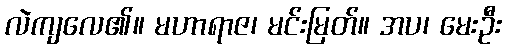
လဲကျလေ၏။ မဟာရာဇ၊ မင်းမြတ်။ အပ၊ မေးဦး